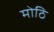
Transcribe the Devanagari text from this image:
मोठि